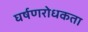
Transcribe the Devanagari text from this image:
घर्षणरोधकता